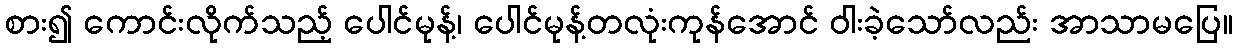
စား၍ ကောင်းလိုက်သည့် ပေါင်မုန့်၊ ပေါင်မုန့်တလုံးကုန်အောင် ဝါးခဲ့သော်လည်း အာသာမပြေ။